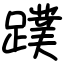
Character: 蹼